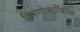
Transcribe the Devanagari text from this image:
किरणोत्सर्गीकंच्या